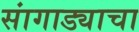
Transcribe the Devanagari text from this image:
सांगाड्याचा